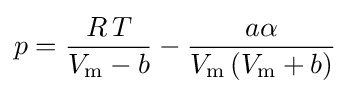
p={\frac {R\,T}{V_{\text{m}}-b}}-{\frac {a\alpha }{V_{\text{m}}\left(V_{\text{m}}+b\right)}}